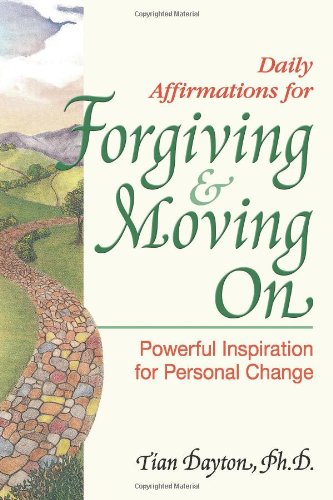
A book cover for Daily Affirmations for Forgiving and Moving On (Powerful Inspiration for Personal Change); Tian Dayton  Ph.D.; Religion & Spirituality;